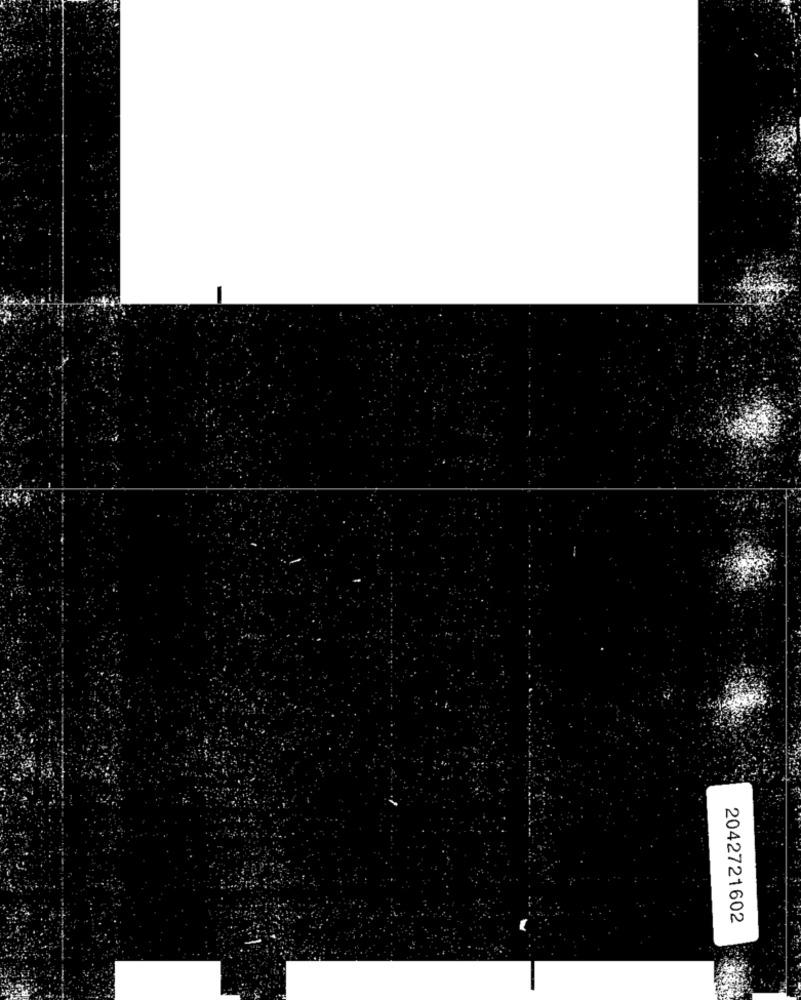
2042721602